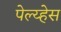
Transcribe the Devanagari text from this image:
पेल्य्हेस